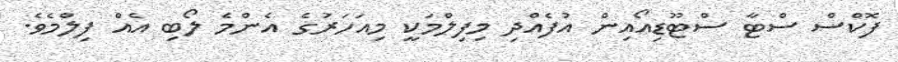
ފޮކްސް ސްޓާ ސްޓޫޑިއޯއިން އުފެއްދި މިފިލްމަކީ މިއަހަރުގެ އެންމެ ލޯބި އެއް ފިލްމެވެ.